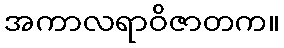
အကာလရာဝိဇာတက။